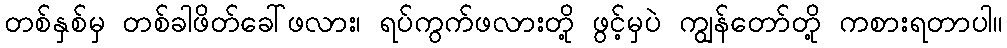
တစ်နှစ်မှ တစ်ခါဖိတ်ခေါ်ဖလား၊ ရပ်ကွက်ဖလားတို့ ဖွင့်မှပဲ ကျွန်တော်တို့ ကစားရတာပါ။